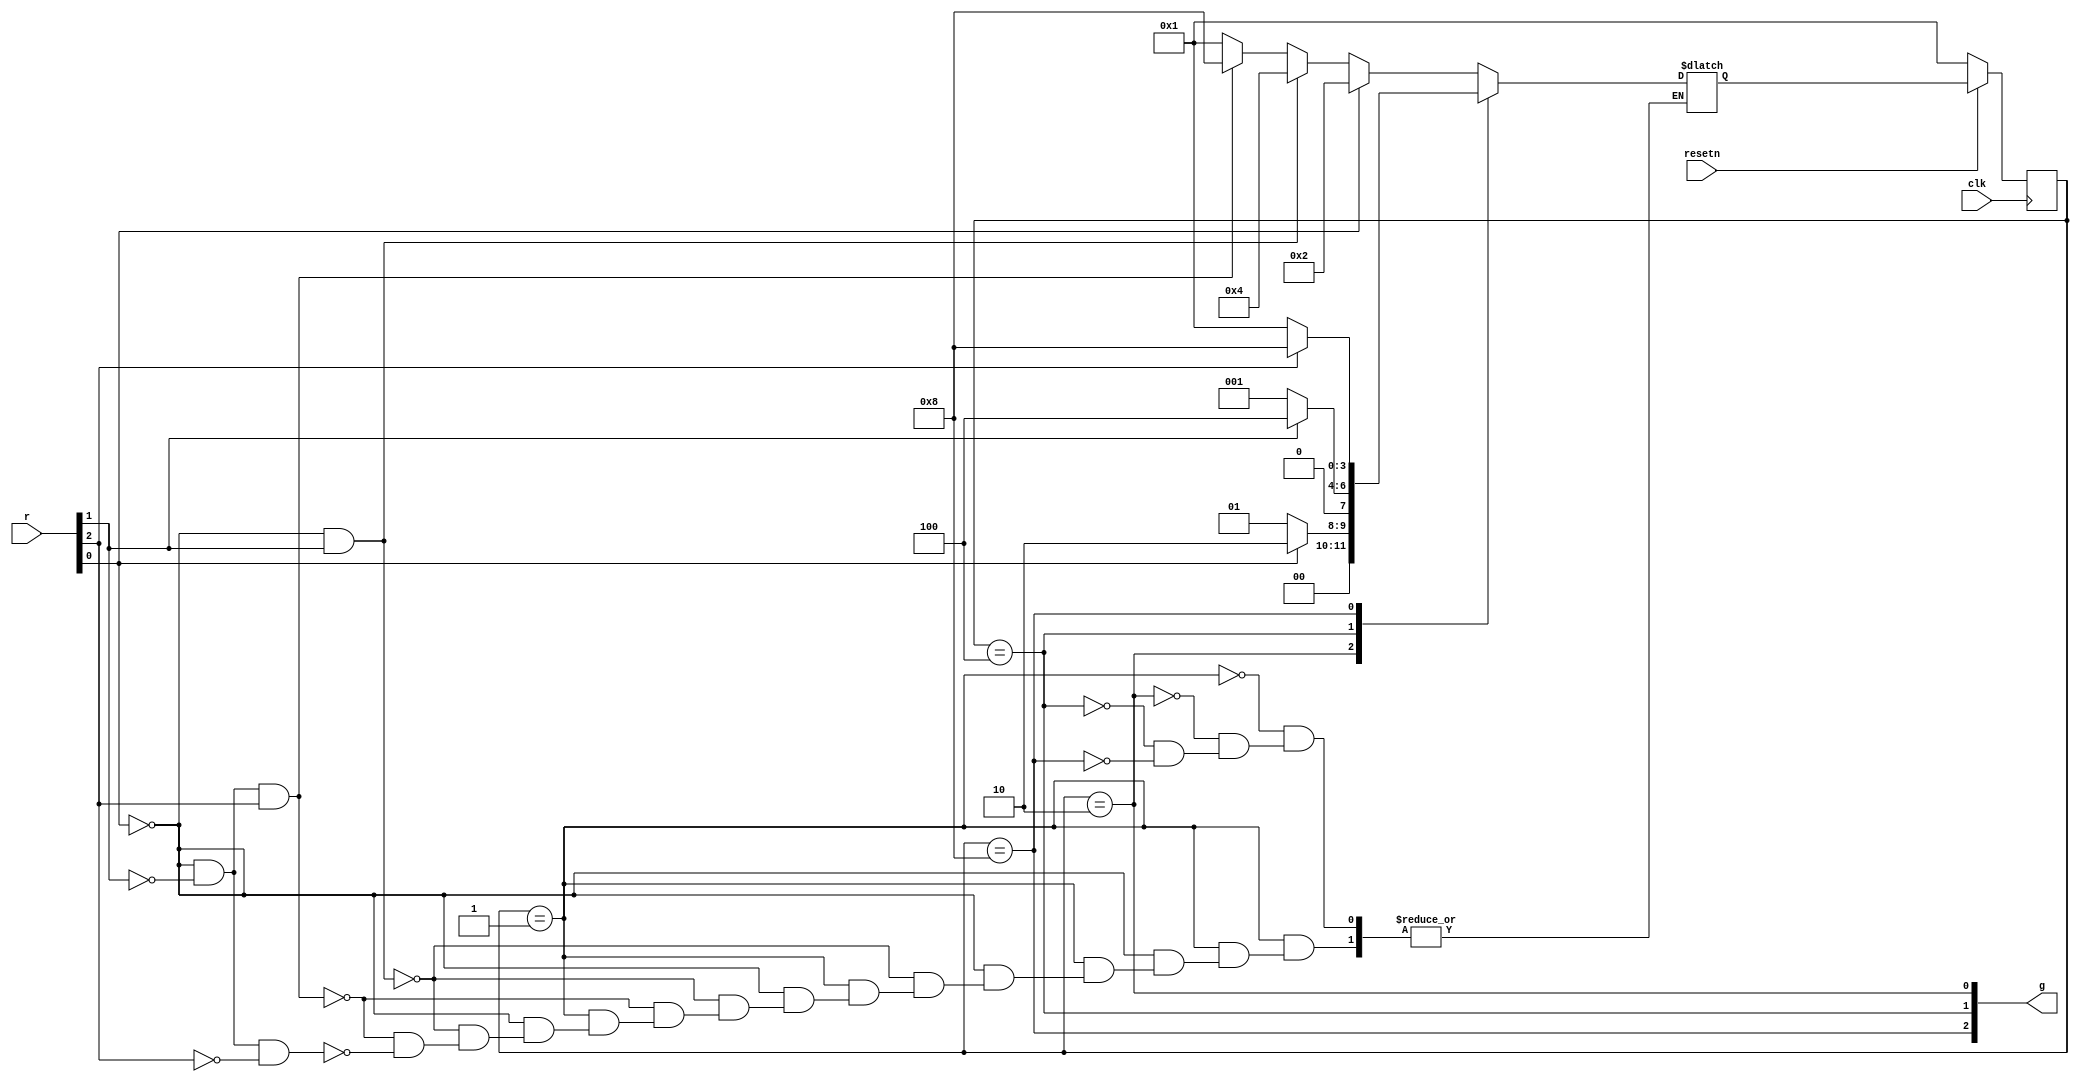
module top_module (
    input clk,
    input resetn,    // active-low synchronous reset
    input [3:1] r,   // request
    output [3:1] g   // grant
); 
    parameter a=4'b0001;
    parameter b=4'b0010;
    parameter c=4'b0100;
    parameter d=4'b1000;
    reg [3:0]state;
    reg[3:0]next;
    always @(posedge clk ) begin
        if (!resetn) begin
            state<=a;
        end
        else  begin
            state<=next;
        end
    end
    always @(*) begin
        case(state)
        a:begin
            /*case(r)
            3'b000:next=a;
            3'bxx1:next=b;
            3'bx10:next=c;
            3'b100:next=d;
            endcase*/
            if (r[1]) begin
                next=b;
            end
            else if (~r[1]&r[2])begin
                next=c;
            end
            else if (~r[1]&~r[2]&r[3])begin
                next=d;
            end
            else  if(~r[1]&~r[2]&~r[3])begin
                next=a;
            end
        end
        b:begin
            /*case(r)
            3'bxx0:next=a;
            3'bxx1:next=b;
            endcase*/
            if (r[1]) begin
                next=b;
            end
            else begin
                next=a;
            end
        end
        c:begin
            /*case(r)
            3'bx1x:next=c;
            3'bx0x:next=a;
            endcase*/
            if (r[2]) begin
                next=c;
            end
            else begin
                next=a;
            end
        end
        d:begin
            /*case(r)
            3'b1xx:next=d;
            3'b0xx:next=a;
            endcase*/
            if (r[3]) begin
                next=d;
            end
            else begin
                next=a;
            end
        end
        endcase
    end
    assign g = {{state==d},{state==c},{state==b}};
    //assign g[1] = (state == b);
    //assign g[2] = (state == c);
    //assign g[3] = (state == d);
    
endmodule